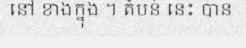
នៅ ខាងក្នុង ។ តំបន់ នេះ បាន